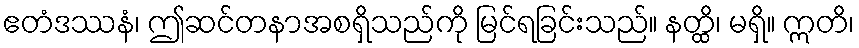
ဧတံဒဿနံ၊ ဤဆင်တနာအစရှိသည်ကို မြင်ရခြင်းသည်။ နတ္ထိ၊ မရှိ။ ဣတိ၊